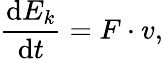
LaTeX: {\frac{\mathrm{d}E_{k}}{\mathrm{d}t}}=F\cdot v,